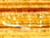
أنت